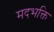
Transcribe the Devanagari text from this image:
मदभक्ति